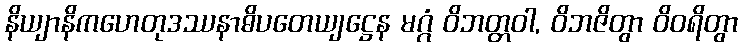
နိယျာနိကဟေတုဒဿနာဓိပတေယျဋ္ဌေန မဂ္ဂံ ဝိဘတ္တဝါ, ဝိဘဇိတွာ ဝိဝရိတွာ